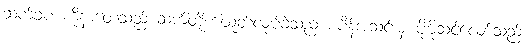
ဆက်ခပ ကိုနာတေသည် ဆက်တိုက်ထုတ်လုပ်ခဲ့သည် စပိန်အသင်းမှ ပိုမိုသင့်လျော်သည်